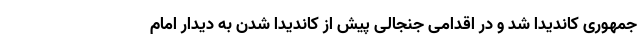
جمهوری کاندیدا شد و در اقدامی جنجالی پیش از کاندیدا شدن به دیدار امام